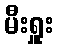
မီးရှူး